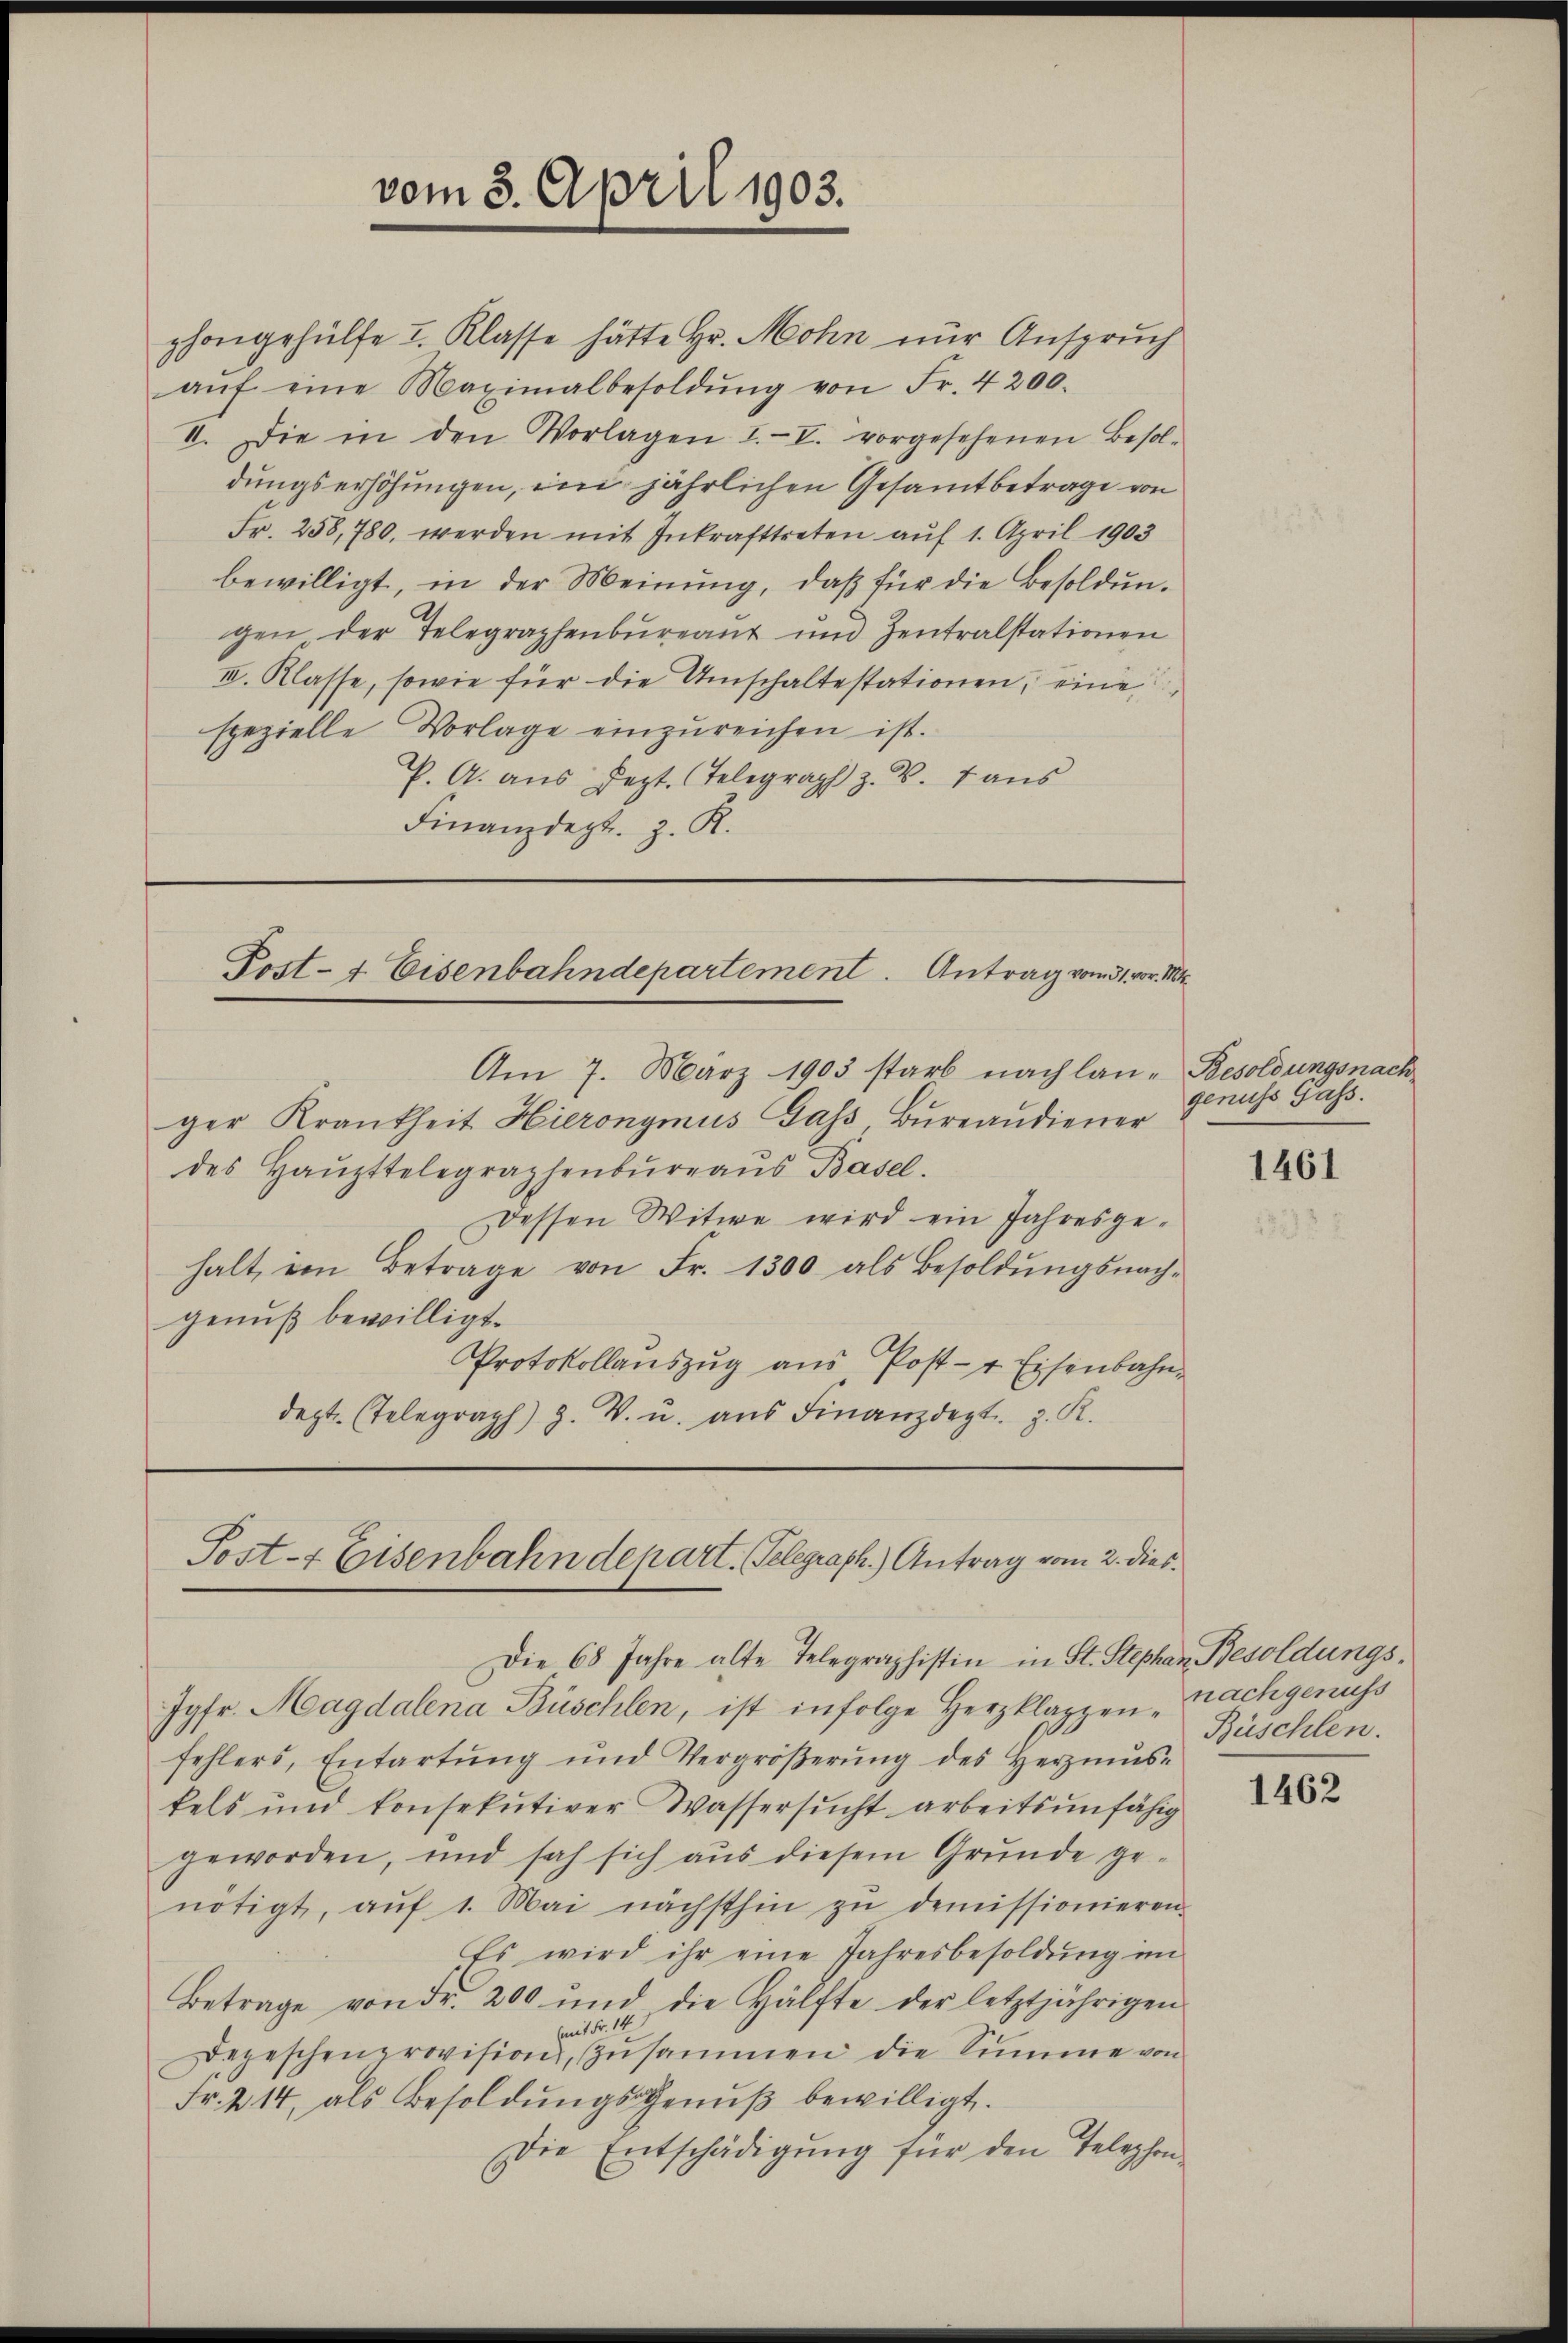
vom 3. April 1903.

phongehülfe I. Klasse hätte Hr. Mohn nur Anspruch
aŭf eine Maximalbesoldŭng von Fr. 4200.
II. Die in den Vorlagen I.-V. vorgesehenen Besoldungserhöhungen, im jährlichen Gesamtbetrage von
Fr. 258, 780, werden mit Inkrafttreten auf 1. April 1903
bewilligt, in der Meinŭng, daβ für die Besoldŭn-
gen der Telegraphenbureaut und Zentralstationen
III. Klasse, sowie für die Umschaltestationen, eine
spezielle Vorlage einzŭreichen ist.
P. A. aus Jezt. Telegraph z. B. 7 aus
Finanzdept. z. K.

Post- & Eisenbahndepartement. Antrag vom 31. vor. Mt

Am 7. März 1903 starb nach lan- Besoldungsnach
ger Krankheit Hieronymus Gass, Bŭreaŭdiener
des Haŭpttelegraphenbŭrgaŭs Basel.
Dessen Witwe wird ein Jahresgehalt ein Betrage von Fr. 1300 als Besoldŭngsnach-
genuß bewilligt.
Protokollaŭszŭg aŭs Post- & Eisenbahn-
dept. Telegraph) Z. V. u. aus Finanzdept. z. R.

Post-7 Eisenbahndepart. (Telegraph.) Antrag vom 2. dies¬

Jgfr. Magdalena Büschlen, ist infolge Herzklappen nachgenuss
fehlers, Entartŭng und Vergröβerŭng des Herzmŭs-
kels und konsekutiver Wassersucht arbeitsunfähig
geworden, und sah sich aus diesem Grŭnde ge-
nötigt, aŭf 1. Mai nächsthin zŭ demissionieren.
Es wird ihr eine Jahresbesoldŭng im
Betrage von Fr. 200 und die Hälfte der letztjährigen
1 Nr. 18
Depeschenprovision, zusammen die Summe von
Fr. 214, als Besoldŭngsgenuß bewilligt.
Die Entschädigung für den Telephon-

Die 68 Jahre alte Telegraphistin in St. Stephan Besoldungs¬

genuss Gass.

1461

Büschlen.

1462